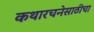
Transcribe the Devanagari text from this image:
कथारचनेसाठीचा